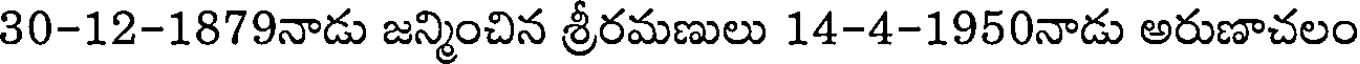
30-12-1879నాడు జన్మించిన శ్రీరమణులు 14-4-1950నాడు అరుణాచలం